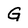
Character: G